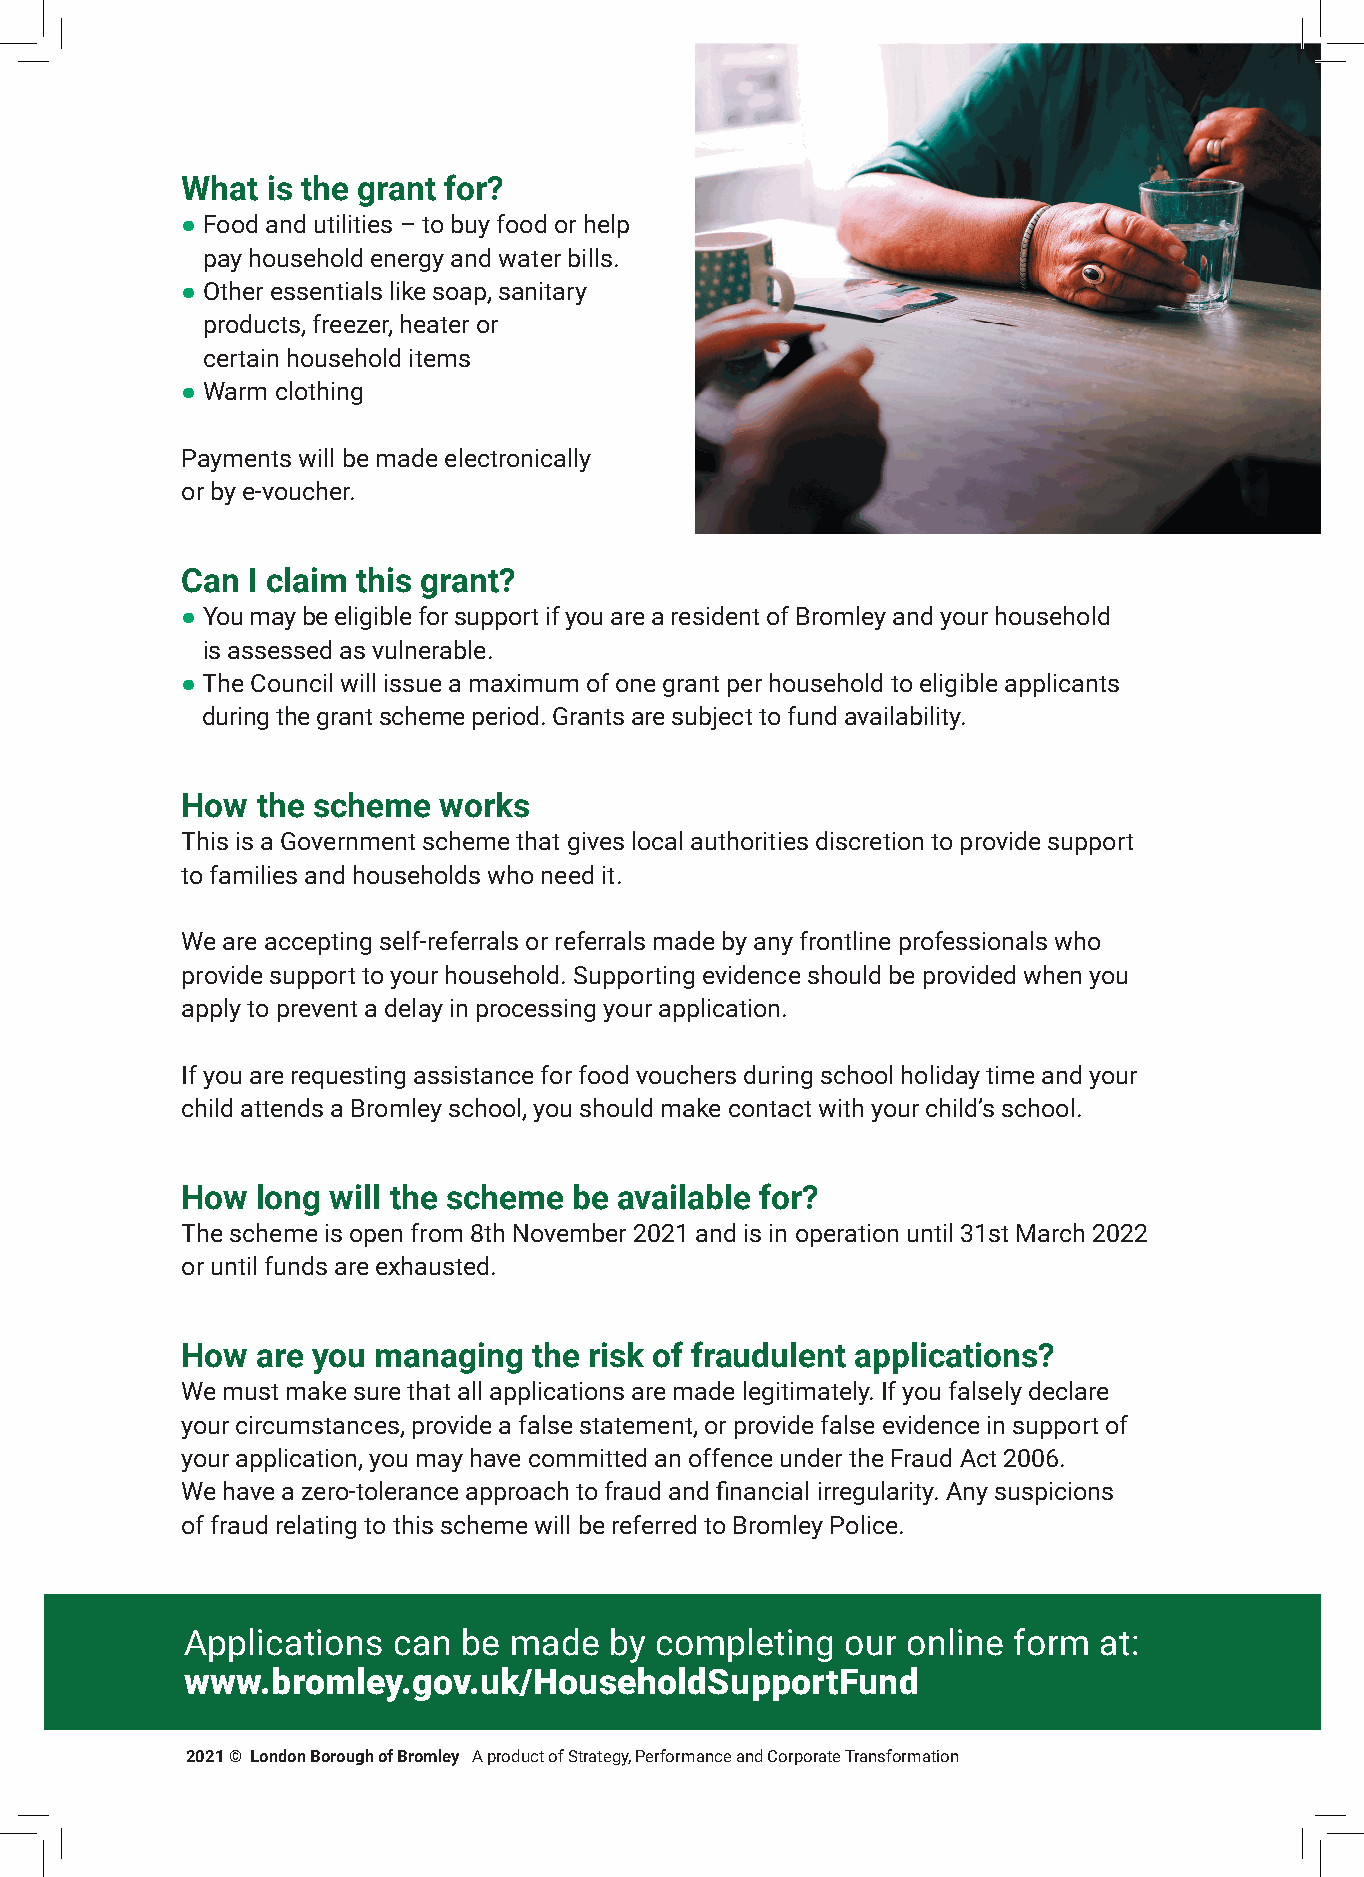
What  is the grant for?
 ● Food and utilities – to buy food or help
 pay household energy and water bills.
 ● Other essentials like soap, sanitary
 products, freezer, heater or
 certain household items
 ●Warm clothing
 Payments will be made electronically
 or by e-voucher.
 Can I claim this grant?
 ● You may be eligible for support if you are a resident of Bromley and your household
 is assessed as vulnerable.
 ● The Council will issue a maximum of one grant per household to eligible applicants
 during the grant scheme period. Grants are subject to fund availability.
 How  the scheme  works
 This is a Government scheme that gives local authorities discretion to provide support
 to families and households who need it.
 We are accepting self-referrals or referrals made by any frontline professionals who
 provide support to your household. Supporting evidence should be provided when you
 apply to prevent a delay in processing your application.
 If you are requesting assistance for food vouchers during school holiday time and your
 child attends a Bromley school, you should make contact with your child’s school.
 How  long will the scheme be available for?
 The scheme is open from 8th November 2021 and is in operation until 31st March 2022
 or until funds are exhausted.
 How  are you managing  the risk of fraudulent applications?
 We must make sure that all applications are made legitimately. If you falsely declare
 your circumstances, provide a false statement, or provide false evidence in support of
 your application, you may have committed an offence under the Fraud Act 2006.
 We have a zero-tolerance approach to fraud and fi nancial irregularity. Any suspicions
 of fraud relating to this scheme will be referred to Bromley Police.
 Applications  can  be made  by completing   our online form  at:
 www.bromley.gov.uk/HouseholdSupportFund
 2021 © London Borough of Bromley A product of Strategy, Performance and Corporate Transformation